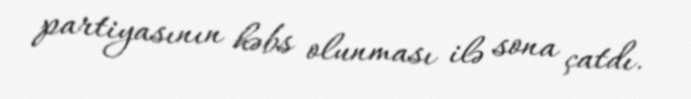
partiyasının həbs olunması ilə sona çatdı.